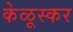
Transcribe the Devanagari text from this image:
केळूस्कर